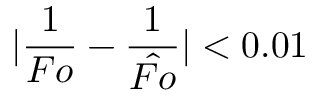
| \frac { 1 } { F o } - \frac { 1 } { \hat { F o } } | < 0 . 0 1